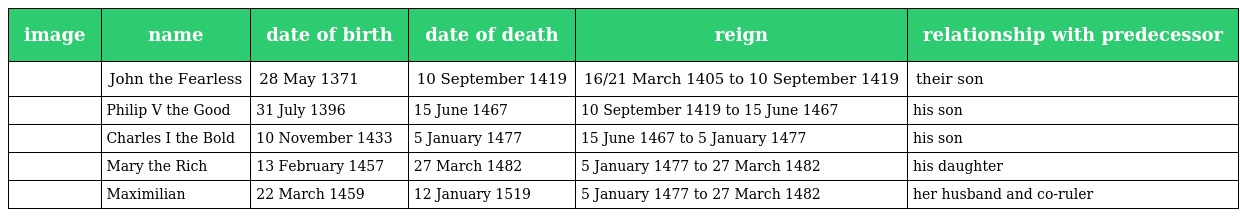
| image | name | date of birth | date of death | reign | relationship with predecessor |
 | --- | --- | --- | --- | --- | --- |
 |  | John the Fearless | 28 May 1371 | 10 September 1419 | 16/21 March 1405 to 10 September 1419 | their son |
 |  | Philip V the Good | 31 July 1396 | 15 June 1467 | 10 September 1419 to 15 June 1467 | his son |
 |  | Charles I the Bold | 10 November 1433 | 5 January 1477 | 15 June 1467 to 5 January 1477 | his son |
 |  | Mary the Rich | 13 February 1457 | 27 March 1482 | 5 January 1477 to 27 March 1482 | his daughter |
 |  | Maximilian | 22 March 1459 | 12 January 1519 | 5 January 1477 to 27 March 1482 | her husband and co-ruler |